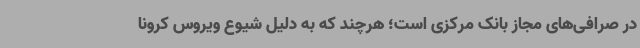
در صرافی‌های مجاز بانک مرکزی است؛ هرچند که به دلیل شیوع ویروس کرونا